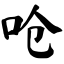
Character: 呛